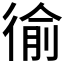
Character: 𢔢